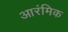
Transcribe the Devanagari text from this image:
आरंमिक